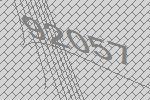
92057